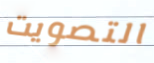
التصويت